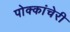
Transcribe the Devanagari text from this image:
पोक्कांचेरी